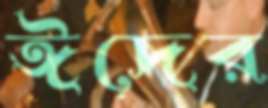
ঈদের